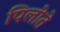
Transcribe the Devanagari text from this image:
पिलोते